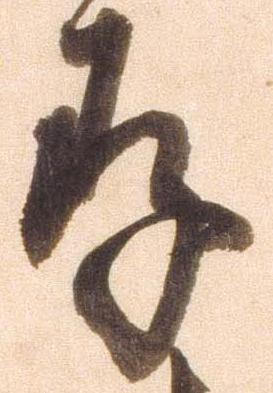
存